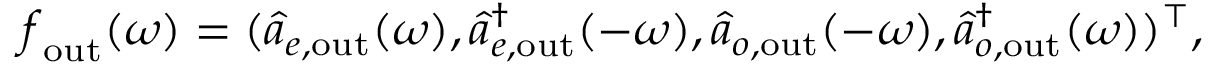
\boldsymbol { f } _ { \mathrm { o u t } } ( \omega ) = ( \hat { a } _ { e , \mathrm { o u t } } ( \omega ) , \hat { a } _ { e , \mathrm { o u t } } ^ { \dagger } ( - \omega ) , \hat { a } _ { o , \mathrm { o u t } } ( - \omega ) , \hat { a } _ { o , \mathrm { o u t } } ^ { \dagger } ( \omega ) ) ^ { \top } ,